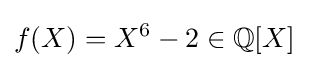
f(X)=X^{6}-2\in \mathbb {Q} [X]